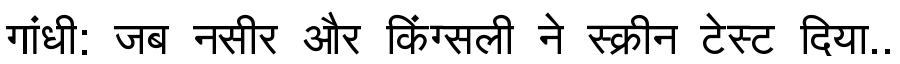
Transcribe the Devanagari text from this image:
गांधी: जब नसीर और किंग्सली ने स्क्रीन टेस्ट दिया..